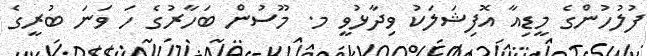
ފުލުހުންގެ މީޑިއާ އޮފިޝަލަކު ވިދާޅުވީ މ. މޫސުން ބަހާރުގެ ހަ ވަނަ ބުރީގެ